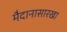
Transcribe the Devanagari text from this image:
मैदानासारखा